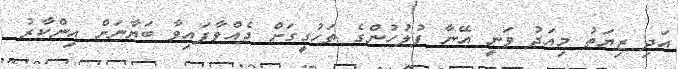
އަދި ޒިޔަތު މިއަދު ވަނީ އޭނާ ފުލުހުންގެ ތަހުގީގަށް ދެއްވާފައިވާ ބަޔާނަށް އިންކާރު